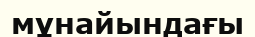
мұнайындағы